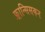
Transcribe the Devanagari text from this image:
फ़्रान्सिसकन